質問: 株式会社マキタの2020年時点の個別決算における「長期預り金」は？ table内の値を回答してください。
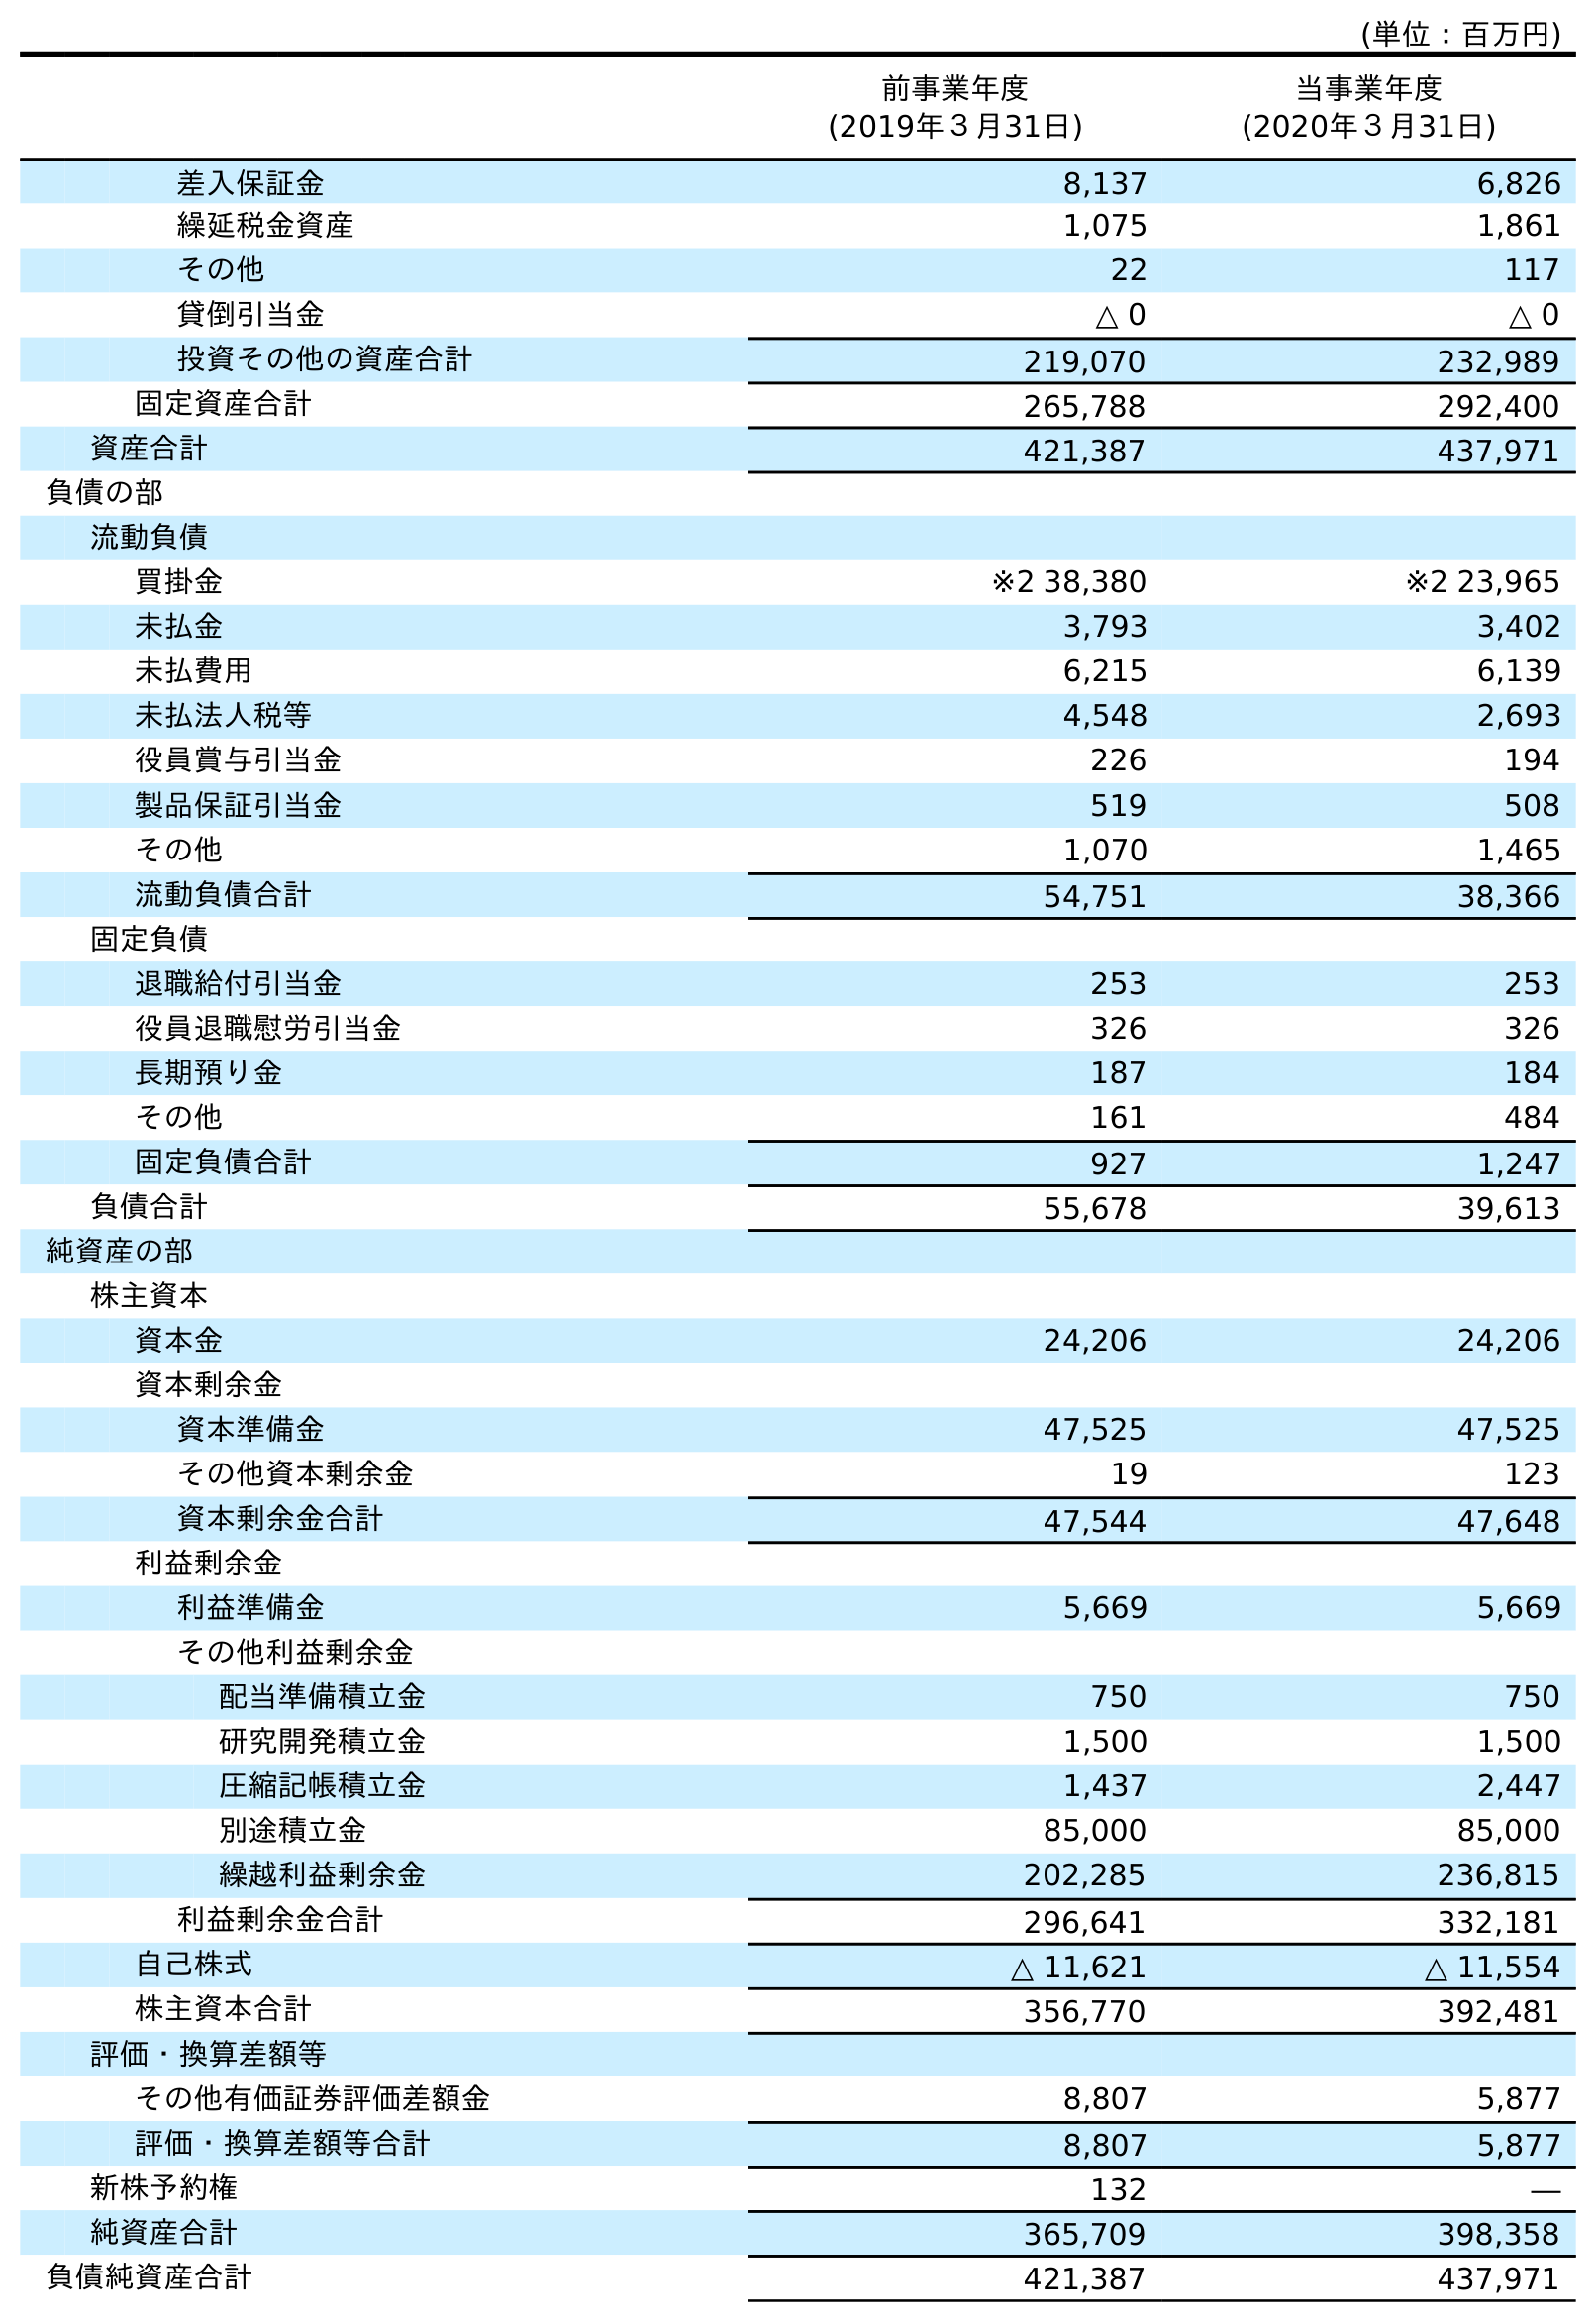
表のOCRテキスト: (単位：百万円) 前事業年度 (2019年３月31日) 当事業年度 (2020年３月31日) 差入保証金 8,137 6,826 繰延税金資産 1,075 1,861 その他 22 117 貸倒引当金 △ 0 △ 0 投資その他の資産合計 219,070 232,989 固定資産合計 265,788 292,400 資産合計 421,387 437,971 負債の部 流動負債 買掛金 ※2 38,380 ※2 23,965 未払金 3,793 3,402 未払費用 6,215 6,139 未払法人税等 4,548 2,693 役員賞与引当金 226 194 製品保証引当金 519 508 その他 1,070 1,465 流動負債合計 54,751 38,366 固定負債 退職給付引当金 253 253 役員退職慰労引当金 326 326 長期預り金 187 184 その他 161 484 固定負債合計 927 1,247 負債合計 55,678 39,613 純資産の部 株主資本 資本金 24,206 24,206 資本剰余金 資本準備金 47,525 47,525 その他資本剰余金 19 123 資本剰余金合計 47,544 47,648 利益剰余金 利益準備金 5,669 5,669 その他利益剰余金 配当準備積立金 750 750 研究開発積立金 1,500 1,500 圧縮記帳積立金 1,437 2,447 別途積立金 85,000 85,000 繰越利益剰余金 202,285 236,815 利益剰余金合計 296,641 332,181 自己株式 △ 11,621 △ 11,554 株主資本合計 356,770 392,481 評価・換算差額等 その他有価証券評価差額金 8,807 5,877 評価・換算差額等合計 8,807 5,877 新株予約権 132 ― 純資産合計 365,709 398,358 負債純資産合計 421,387 437,971
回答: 184